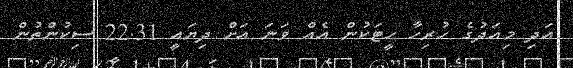
އަދި މިއަދުގެ ހުރިހާ ހީޓަކުން އެއް ވަނަ އަށް ދިޔައީ 22.31 ސިކުންތުން